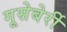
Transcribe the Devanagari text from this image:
गूसेबेर्री